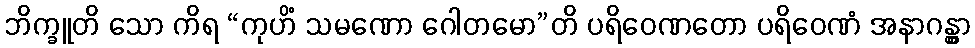
ဘိက္ခူတိ သော ကိရ “ကုဟိံ သမဏော ဂေါတမော”တိ ပရိဝေဏတော ပရိဝေဏံ အနာဂန္တွာ